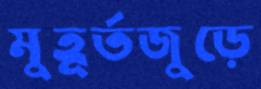
মুহূর্তজুড়ে